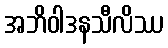
အဘိဝါဒနသီလိဿ